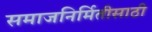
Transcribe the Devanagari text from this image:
समाजनिर्मितीसाठी